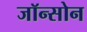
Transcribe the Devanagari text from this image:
जॉन्सोन